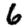
Digit: 6